system: You are a helpful assistant.
user:
Analyze the provided spectrum to determine if it is a **S-type Star**.

- **Key Indicators for S-type Star:**

    - **(Overall Spectrum Shape):** The first and most obvious characteristic is the overall continuum (the "baseline" shape). It is **extremely "red-sloping,"** meaning the flux (light intensity) is very low on the left side (blue, ~4000-4500 Å) and rises steeply and continuously toward the right side (red, ~7000 Å+).

    - **(Primary):** The spectrum is defined by the presence of strong, broad molecular absorption "valleys" (bands) from **Zirconium Oxide (ZrO)**. The identification of these bands is the **primary requirement** for classifying a star as S-type.
        - **(Key Bandheads):** You must find distinct, deep "dips" where the light has been absorbed. The most critical band systems to locate are:
            - **~6474 Å** ($\gamma$-system): This is often the strongest and clearest ZrO feature, found in the red part of the spectrum.
            - **~5718 Å** & **~5551 Å** ($\beta$-system): A pair of prominent absorption features in the yellow-orange part of the spectrum.
            - **~4640 Å** ($\alpha$-system): A key absorption band system in the blue-green region of the spectrum.

    - **(Secondary Confirmation):** The classification is strengthened by finding additional absorption bands from other related heavy element oxides, which are expected to be present alongside ZrO.
        - **(Key Bandheads):**
            - **Yttrium Oxide (YO):** Look for absorption dips near **~4800 Å** and **~6100 Å**.
            - **Lanthanum Oxide (LaO):** Additional absorption features, particularly in the red-orange part of the spectrum, are also characteristic.

    - **(Line Profile):** The combination of the steep red continuum and these numerous, deep molecular bands (ZrO, YO, etc.) gives the entire spectrum a very **"chopped-up"** or **"bumpy"** appearance. Instead of a smooth curve, the spectrum looks as though large, wide chunks of light have been "carved out" of it at the specific wavelengths listed above.

Think first, call **spectral_visualization_tool** if needed to examine features in detail, then provide your final answer. Your response must adhere to the following strict rules:
1.  **Overall Structure:** Your response must follow the format `<think>...</think> <tool_call>...</tool_call> (if a tool is used) <answer>...</answer>`.
2.  **Tool Usage Constraint:** You may only make **one** tool call per turn.
3.  **Final Answer Format:** In the `<answer>` tag, your conclusion must be inside a `\boxed{}` command (e.g., `\boxed{YES}` or `\boxed{NO}`), followed by your justification.

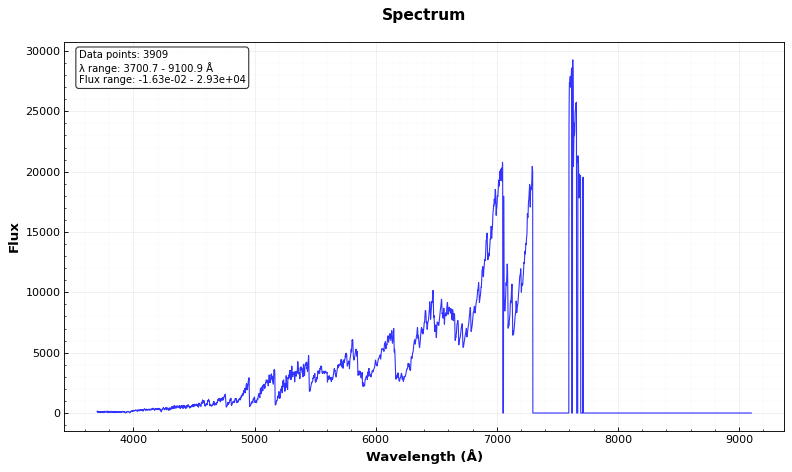
Answer: YES